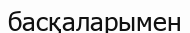
басқаларымен